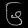
Digit: ၆